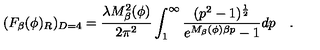
( F _ { \beta } ( \phi ) _ { R } ) _ { D = 4 } = \frac { \lambda M _ { \beta } ^ { 2 } ( \phi ) } { 2 \pi ^ { 2 } } \int _ { 1 } ^ { \infty } \frac { ( p ^ { 2 } - 1 ) ^ { \frac 1 2 } } { e ^ { M _ { \beta } ( \phi ) \beta p } - 1 } d p \quad .